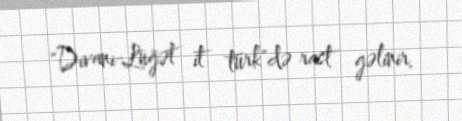
"Divani-Lüğət it türk"də rast gəlinir.